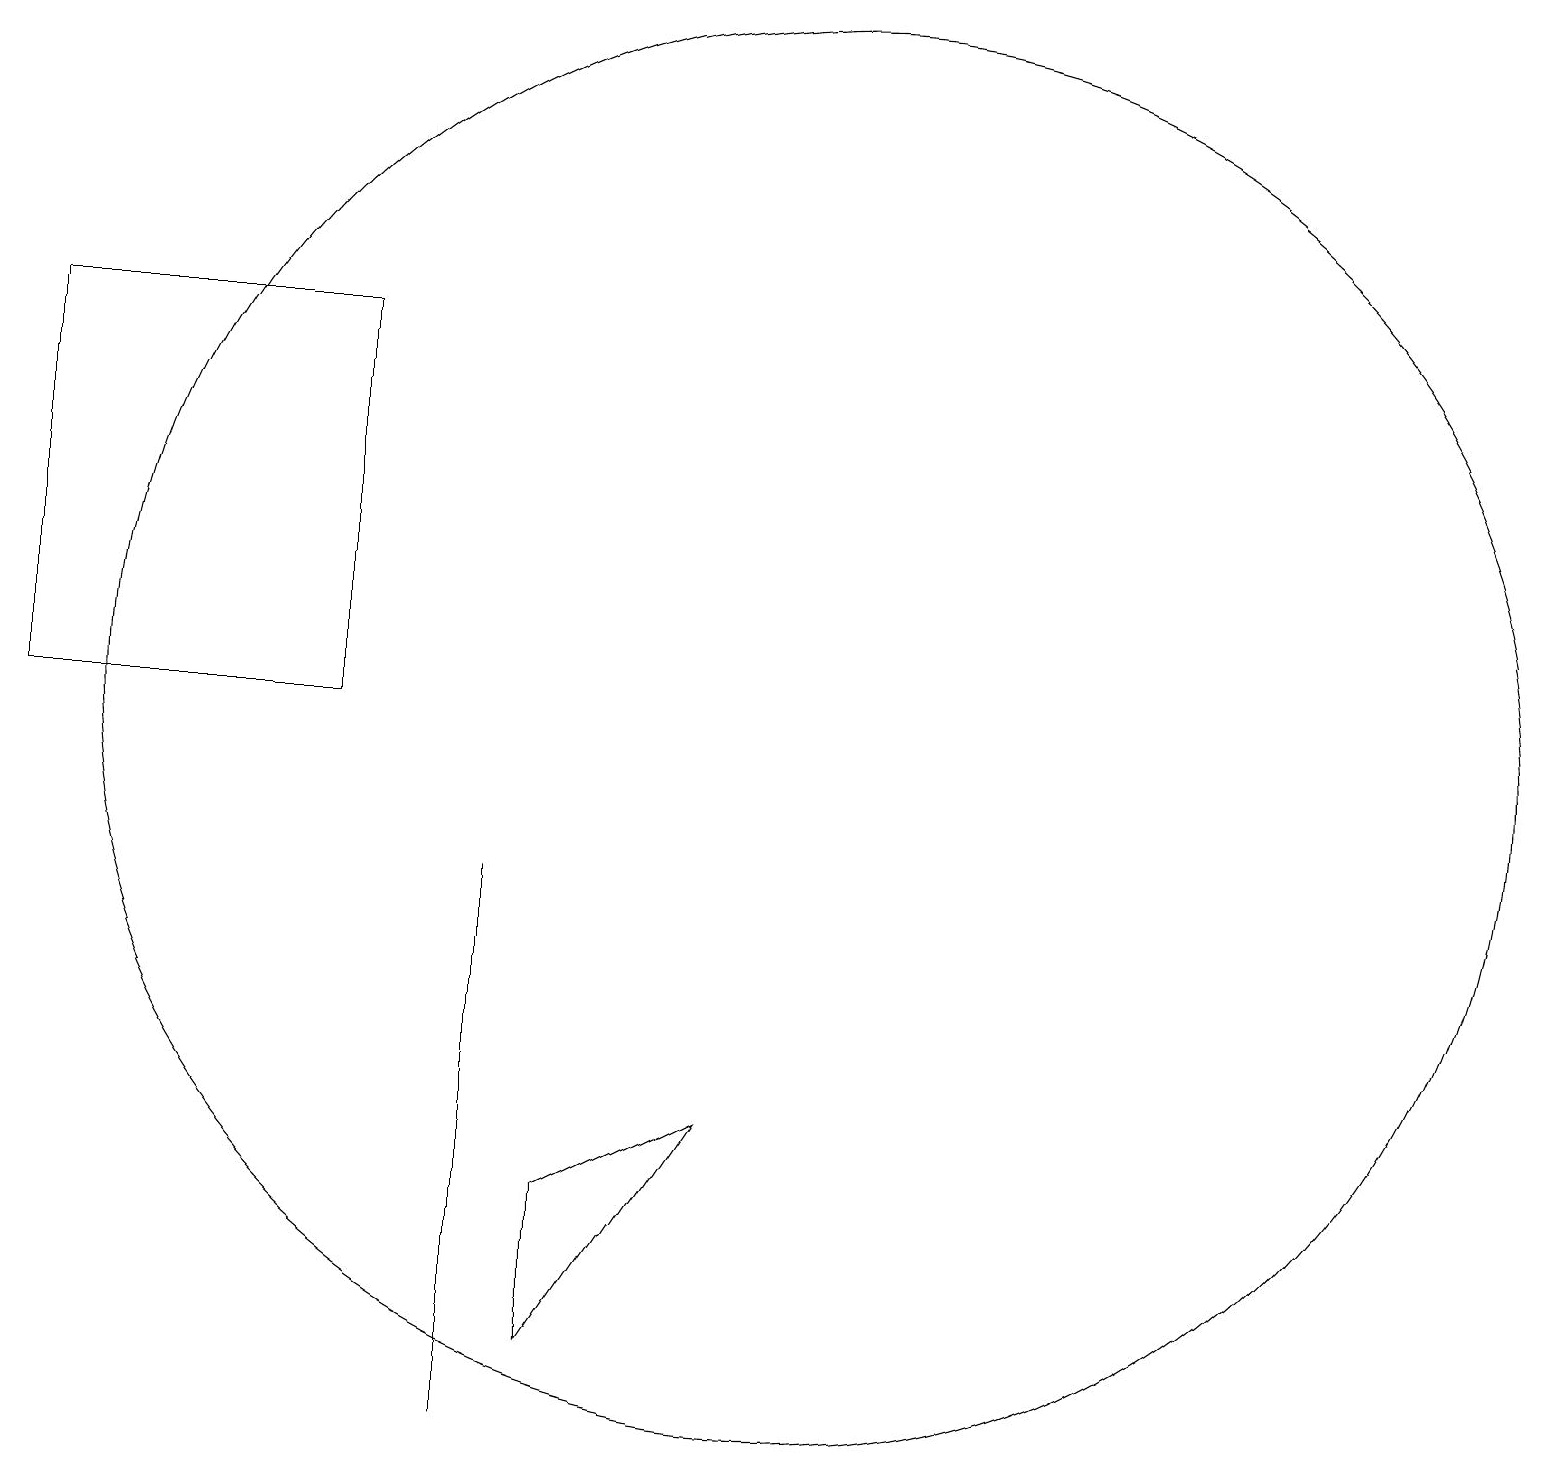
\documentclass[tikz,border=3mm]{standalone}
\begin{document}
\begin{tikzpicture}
\draw (9,6) -- (7,5) -- (7,3) -- cycle;
\draw (6,6) -- (6,9) -- (6,2) -- cycle;
\draw (0,16) rectangle (4,11);
\draw (10,11) circle (9);
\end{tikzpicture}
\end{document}